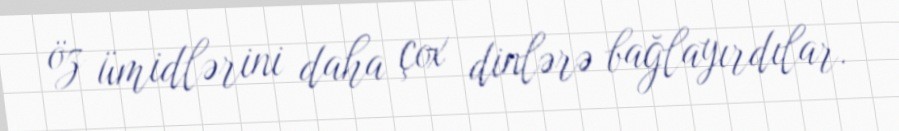
öz ümidlərini daha çox dinlərə bağlayırdılar.